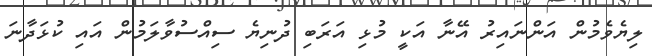
ލިޔެވެމުން އަންނައިރު އޭނާ އަކީ މުޅި އަރަބި ދުނިޔެ ސިއްސުވާލަމުން އައި ކުޅަދާނަ